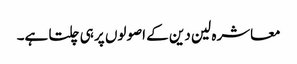
معاشرہ لین دین کے اصولوں پر ہی چلتا ہے۔